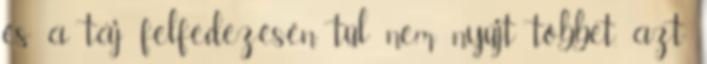
és a táj felfedezésén túl nem nyújt többet, azt